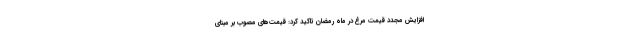
افزایش مجدد قیمت مرغ در ماه رمضان تاکید کرد: قیمت‌های مصوب بر مبنای